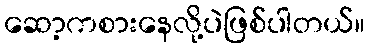
ဆော့ကစားနေလို့ပဲဖြစ်ပါတယ်။